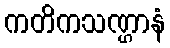
ကတိကသဏ္ဌာနံ